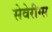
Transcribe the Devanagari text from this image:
सेवेरीग्स